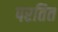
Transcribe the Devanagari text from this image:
परतित